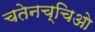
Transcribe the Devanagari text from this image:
चतेनच्चिओ